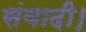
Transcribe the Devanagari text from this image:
संवादी।